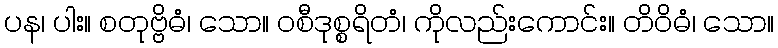
ပန၊ ပါး။ စတုဗ္ဗိဓံ၊ သော။ ဝစီဒုစ္စရိတံ၊ ကိုလည်းကောင်း။ တိဝိဓံ၊ သော။